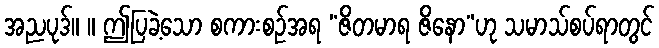
အညပုဒ်။ ။ ဤပြခဲ့သော စကားစဉ်အရ “ဇိတမာရ ဇိနော”ဟု သမာသ်စပ်ရာတွင်